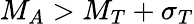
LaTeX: M_{A}>M_{T}+\sigma_{T}